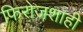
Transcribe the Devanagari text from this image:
फिरोजशाही